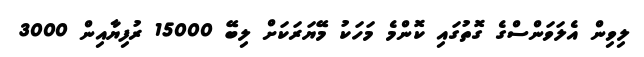
ލިވިން އެލަވަންސްގެ ގޮތުގައި ކޮންމެ މަހަކު މޭޔަރަކަށް ލިބޭ 15000 ރުފިޔާއިން 3000